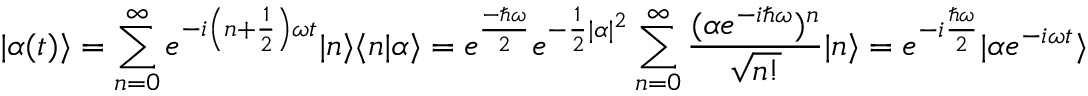
| \alpha ( t ) \rangle = \sum _ { n = 0 } ^ { \infty } e ^ { - i \left( n + { \frac { 1 } { 2 } } \right) \omega t } | n \rangle \langle n | \alpha \rangle = e ^ { \frac { - \hbar \omega } { 2 } } e ^ { - { \frac { 1 } { 2 } } | \alpha | ^ { 2 } } \sum _ { n = 0 } ^ { \infty } { \frac { ( \alpha e ^ { - i \hbar \omega } ) ^ { n } } { \sqrt { n ! } } } | n \rangle = e ^ { - i { \frac { \hbar \omega } { 2 } } } | \alpha e ^ { - i \omega t } \rangle